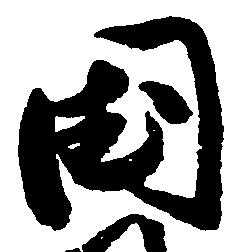
国